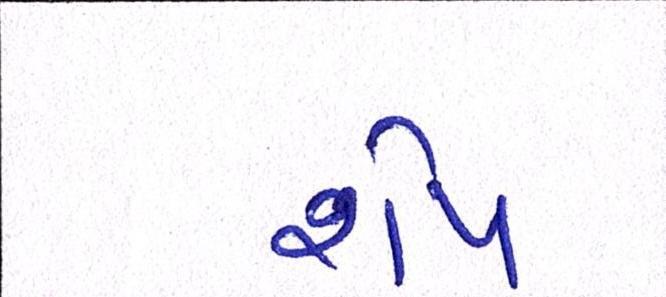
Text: શેપ